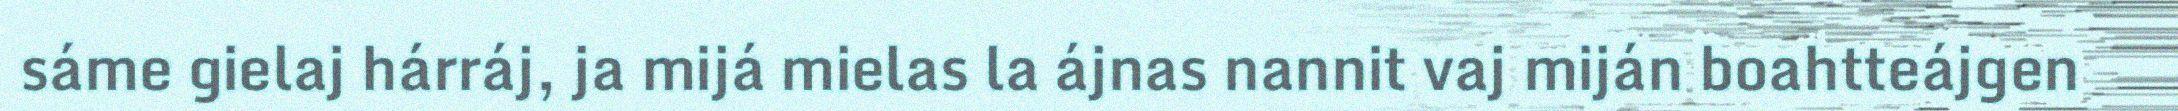
sáme gielaj hárráj, ja mijá mielas la ájnas nannit vaj miján boahtteájgen